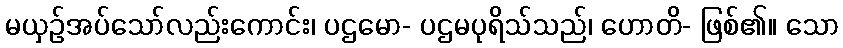
မယှဉ်အပ်သော်လည်းကောင်း၊ ပဌမော- ပဌမပုရိသ်သည်၊ ဟောတိ- ဖြစ်၏။ သော